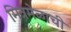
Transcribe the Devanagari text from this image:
मित्रमेळाची